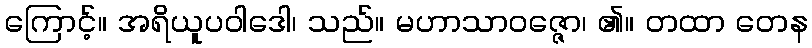
ကြောင့်။ အရိယူပဝါဒေါ၊ သည်။ မဟာသာဝဇ္ဇော၊ ၏။ တထာ တေန